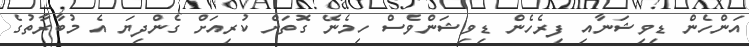
އަންހެން ޑިވިޝަނާއި ފިރެހެން ޑިވިޝަންވެސް ހިމެނޭ ގޮތަށް ކުރިއަށް ގެންދިޔަ އެ މުބާރާތުގެ